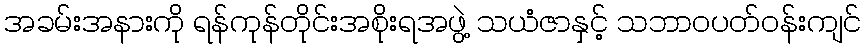
အခမ်းအနားကို ရန်ကုန်တိုင်းအစိုးရအဖွဲ့ သယံဇာနှင့် သဘာဝပတ်ဝန်းကျင်